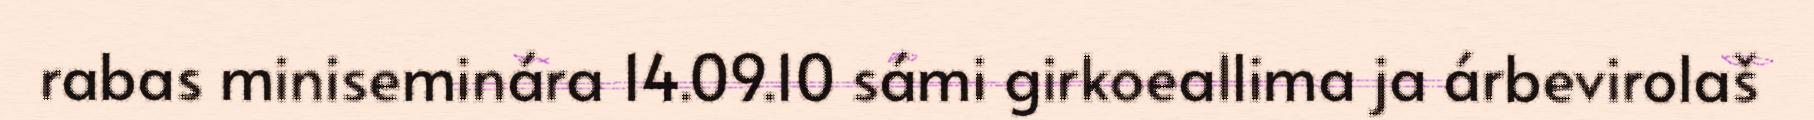
rabas miniseminára 14.09.10 sámi girkoeallima ja árbevirolaš